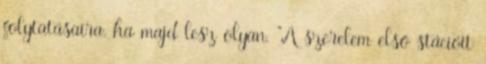
folytatásaira, ha majd lesz olyan. "A szerelem első stációit